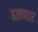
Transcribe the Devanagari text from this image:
हलणार